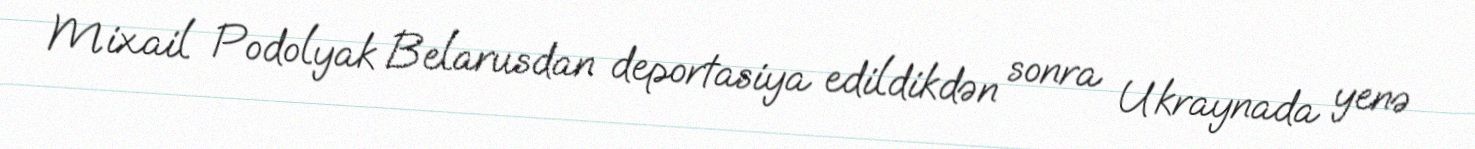
Mixail Podolyak Belarusdan deportasiya edildikdən sonra Ukraynada yenə